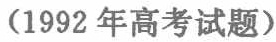
（1992 年高考试题）